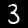
Digit: 3